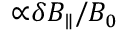
{ \propto } \delta B _ { \parallel } / B _ { 0 }